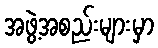
အဖွဲ့အစည်းများမှာ